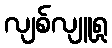
လျစ်လျူရှု